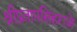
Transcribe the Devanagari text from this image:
श्रीप्रतापसिंहराजे